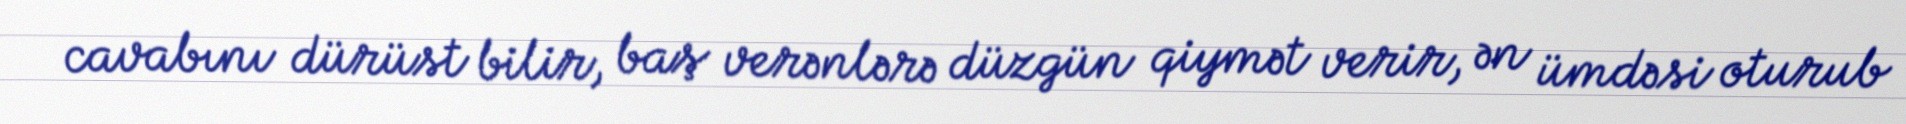
cavabını dürüst bilir, baş verənlərə düzgün qiymət verir, ən ümdəsi oturub